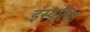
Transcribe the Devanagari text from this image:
इंस्यूलिन